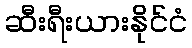
ဆီးရီးယားနိုင်ငံ